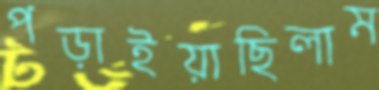
পড়াইয়াছিলাম